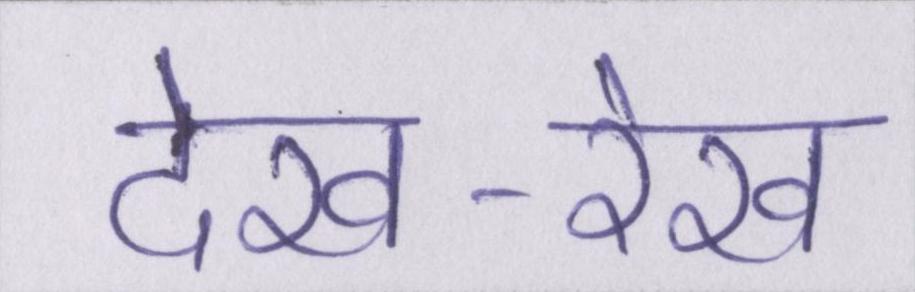
देख-रेख